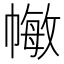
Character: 𢄯